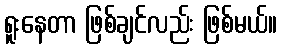
ရူးနေတာ ဖြစ်ချင်လည်း ဖြစ်မယ်။